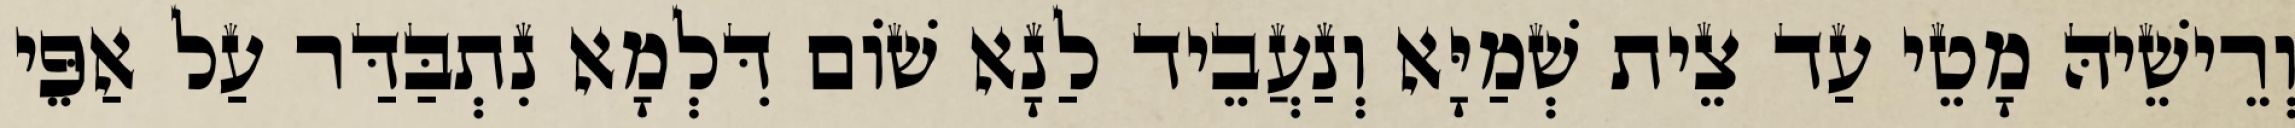
וְרֵישֵׁיהּ מָטֵי עַד צֵית שְׁמַיָּא וְנַעֲבֵיד לַנָא שׁוֹם דִּלְמָא נִתְבַּדַּר עַל אַפֵּי